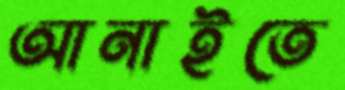
আনাইতে